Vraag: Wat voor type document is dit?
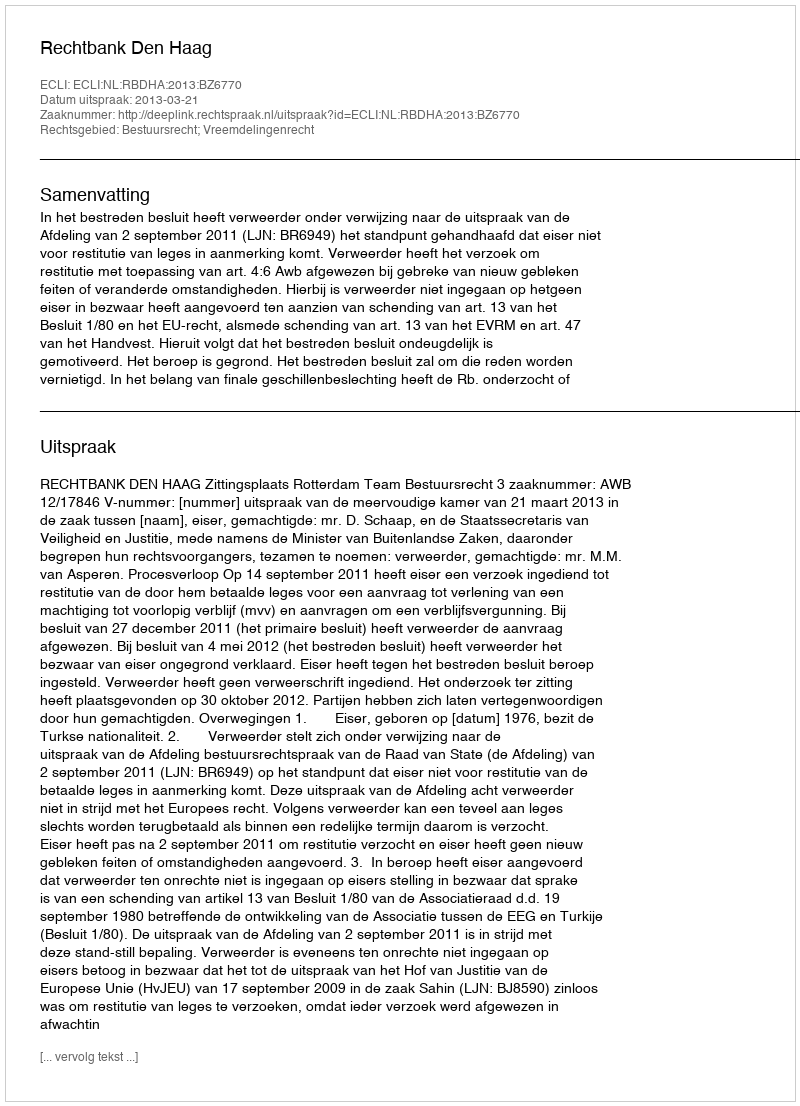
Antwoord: Uitspraak